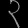
Digit: ၃